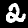
Label: 2